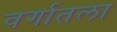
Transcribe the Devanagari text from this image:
वर्गातला